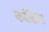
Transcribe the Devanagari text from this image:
कांडिता